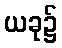
ယခု၌